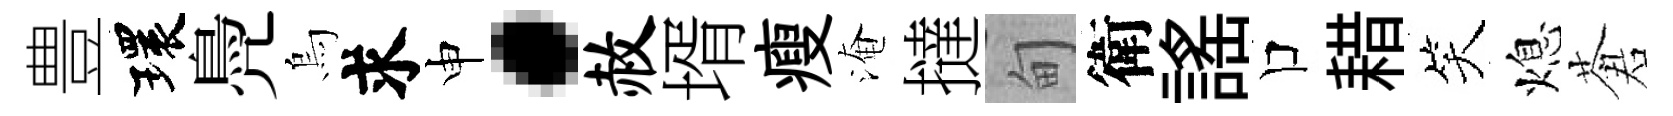
豊環鳧烏求申·赦壻瘦淹撻甸衛謡口耤笑熄蒼